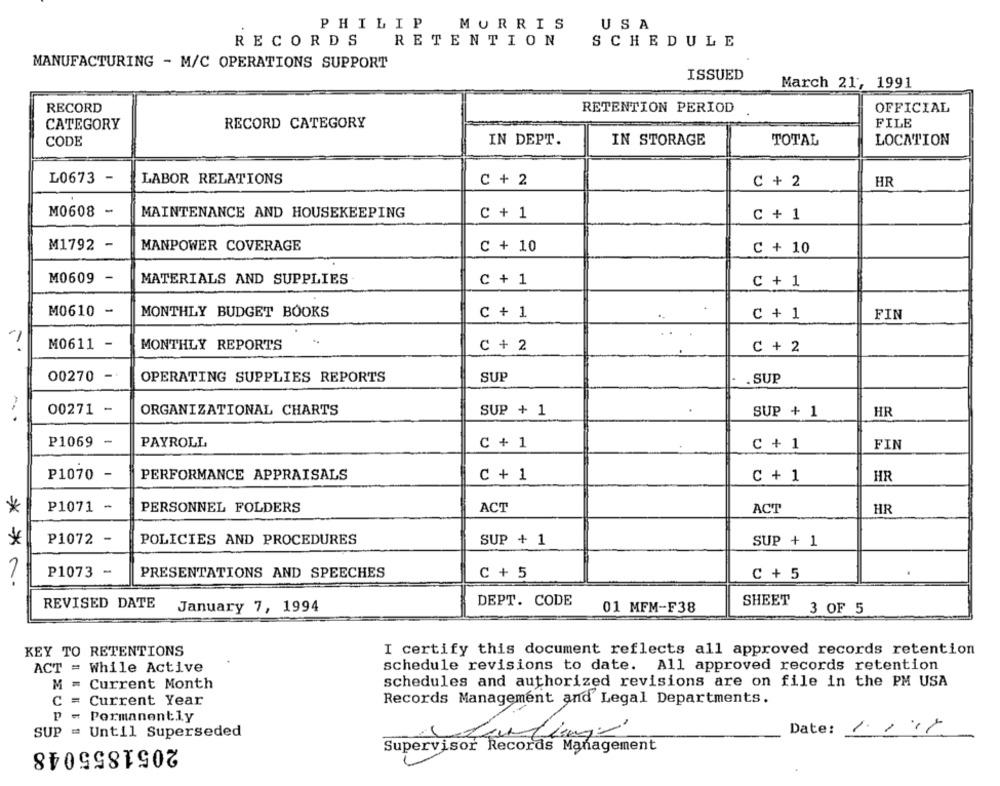
PHILIP
MORRIS
USA
RECORDS
RETENTION
SCHEDULE
MANUFACTURING - M/C OPERATIONS SUPPORT
ISSUED
March 21, 1991
RECORD
RETENTION PERIOD
OFFICIAL
CATEGORY
RECORD CATEGORY
FILE
CODE
IN DEPT.
IN STORAGE
TOTAL
LOCATION
L0673
LABOR RELATIONS
C + 2
C + 2
HR
M0608 -
MAINTENANCE AND HOUSEKEEPING
C + 1
C + 1
M1792 -
MANPOWER COVERAGE
C + 10
C + 10
M0609 -
MATERIALS AND SUPPLIES
C + 1
C + 1
M0610 -
MONTHLY BUDGET BOOKS
C + 1
C + 1
FIN
M0611 -
MONTHLY REPORTS
C + 2
C + 2
00270 -
SUP
OPERATING SUPPLIES REPORTS
. SUP
00271 -
ORGANIZATIONAL CHARTS
SUP + 1
SUP + 1
HR
P1069 -
PAYROLL
C + 1
C + 1
FIN
P1070 -
PERFORMANCE APPRAISALS
C + 1
C + 1
HR
P1071 -
PERSONNEL FOLDERS
ACT
ACT
HR
P1072 -
POLICIES AND PROCEDURES
SUP + 1
SUP + 1
P1073 -
PRESENTATIONS AND SPEECHES
C + 5
C + 5
* * ~.
REVISED DATE
DEPT. CODE
SHEET
January 7, 1994
01 MFM-F38
3 OF 5
KEY TO RETENTIONS
I certify this document reflects all approved records retention
ACT = While Active
schedule revisions to date. All approved records retention
Current Month
schedules and authorized revisions are on file in the PM USA
C = Current Year
Records Management and Legal Departments.
p
= Permanently
Date: 1.11/
SUP = Until Superseded
2051855048
Supervisor Records Management